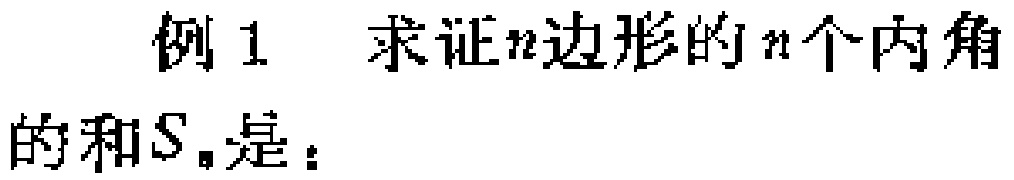
例 1  求证\(n\)边形的\(n\)个内角的和\(S_{n}\)是：